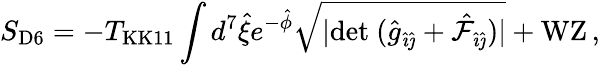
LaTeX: S_{\mathrm{D6}}=-T_{\mathrm{KK11}}\int d^{7}\hat{\xi}e^{-\hat{\phi}}\sqrt{|\mathrm{det}\ (\hat{g}_{\hat{\imath}\hat{\jmath}}+{\hat{\cal F}}_{\hat{\imath}\hat{\jmath}})|}+\mathrm{WZ}\, ,